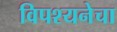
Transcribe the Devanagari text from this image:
विपश्यनेचा